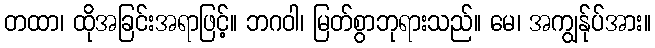
တထာ၊ ထိုအခြင်းအရာဖြင့်။ ဘဂဝါ၊ မြတ်စွာဘုရားသည်။ မေ၊ အကျွန်ုပ်အား။